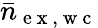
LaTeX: \bar{n}_{\mathrm{~e~x~,~w~c~}}